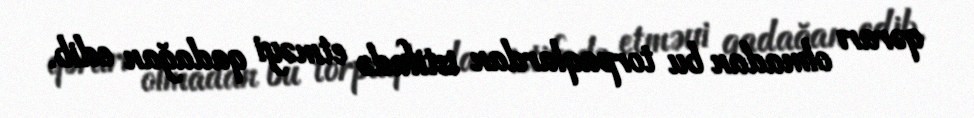
qərarı olmadan bu torpaqlardan istifadə etməyi qadağan edib.